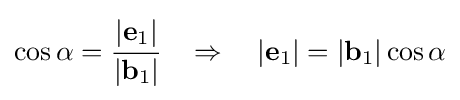
\cos \alpha ={\cfrac {|\mathbf {e} _{1}|}{|\mathbf {b} _{1}|}}\quad \Rightarrow \quad |\mathbf {e} _{1}|=|\mathbf {b} _{1}|\cos \alpha